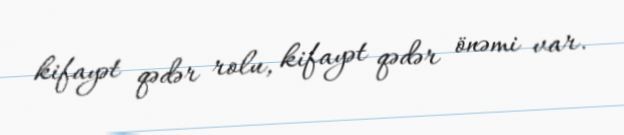
kifayət qədər rolu, kifayət qədər önəmi var.